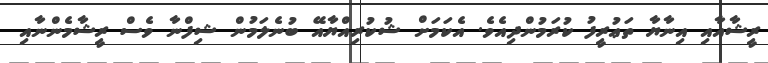
ރީޝާއާއި އިނާޔާ ތަޢުރީފު ކުރަމުންދިއެވެ. އެކަމަށް ޝުކުރިއްޔާއޭ ބުނެލަމުން ޝިފްނާ ވެސް ރީޝާމެންނާއި